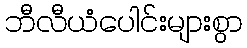
ဘီလီယံပေါင်းများစွာ